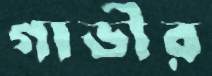
গাভীর